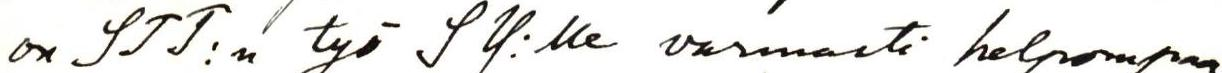
on STT:n työ SY:lle varmasti helpompaa